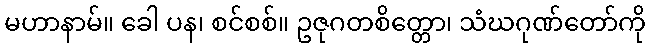
မဟာနာမ်။ ခေါ ပန၊ စင်စစ်။ ဥဇုဂတစိတ္တော၊ သံဃဂုဏ်တော်ကို